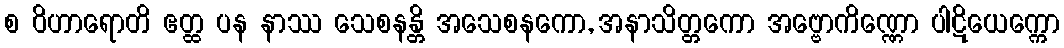
စ ဝိဟာရောတိ ဧတ္ထ ပန နာဿ သေစနန္တိ အသေစနကော, အနာသိတ္တကော အဗ္ဗောကိဏ္ဏော ပါဋိယေက္ကော